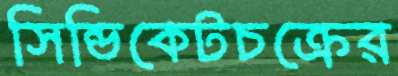
সিন্ডিকেটচক্রের